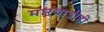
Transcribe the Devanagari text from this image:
मारवाडीही